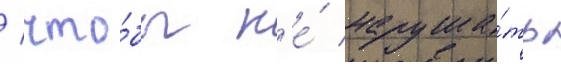
/ что́бы н'е́ наруша́ть